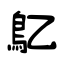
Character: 鳦